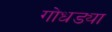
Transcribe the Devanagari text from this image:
गोधड्या